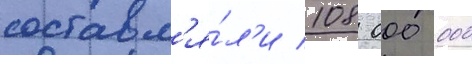
составл'я́л'и 108 000 000